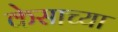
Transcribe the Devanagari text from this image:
केसाच्या